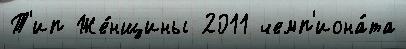
Т'ип Же́нщины 2011 чемп'иона́та